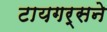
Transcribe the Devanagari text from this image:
टायगर्सने